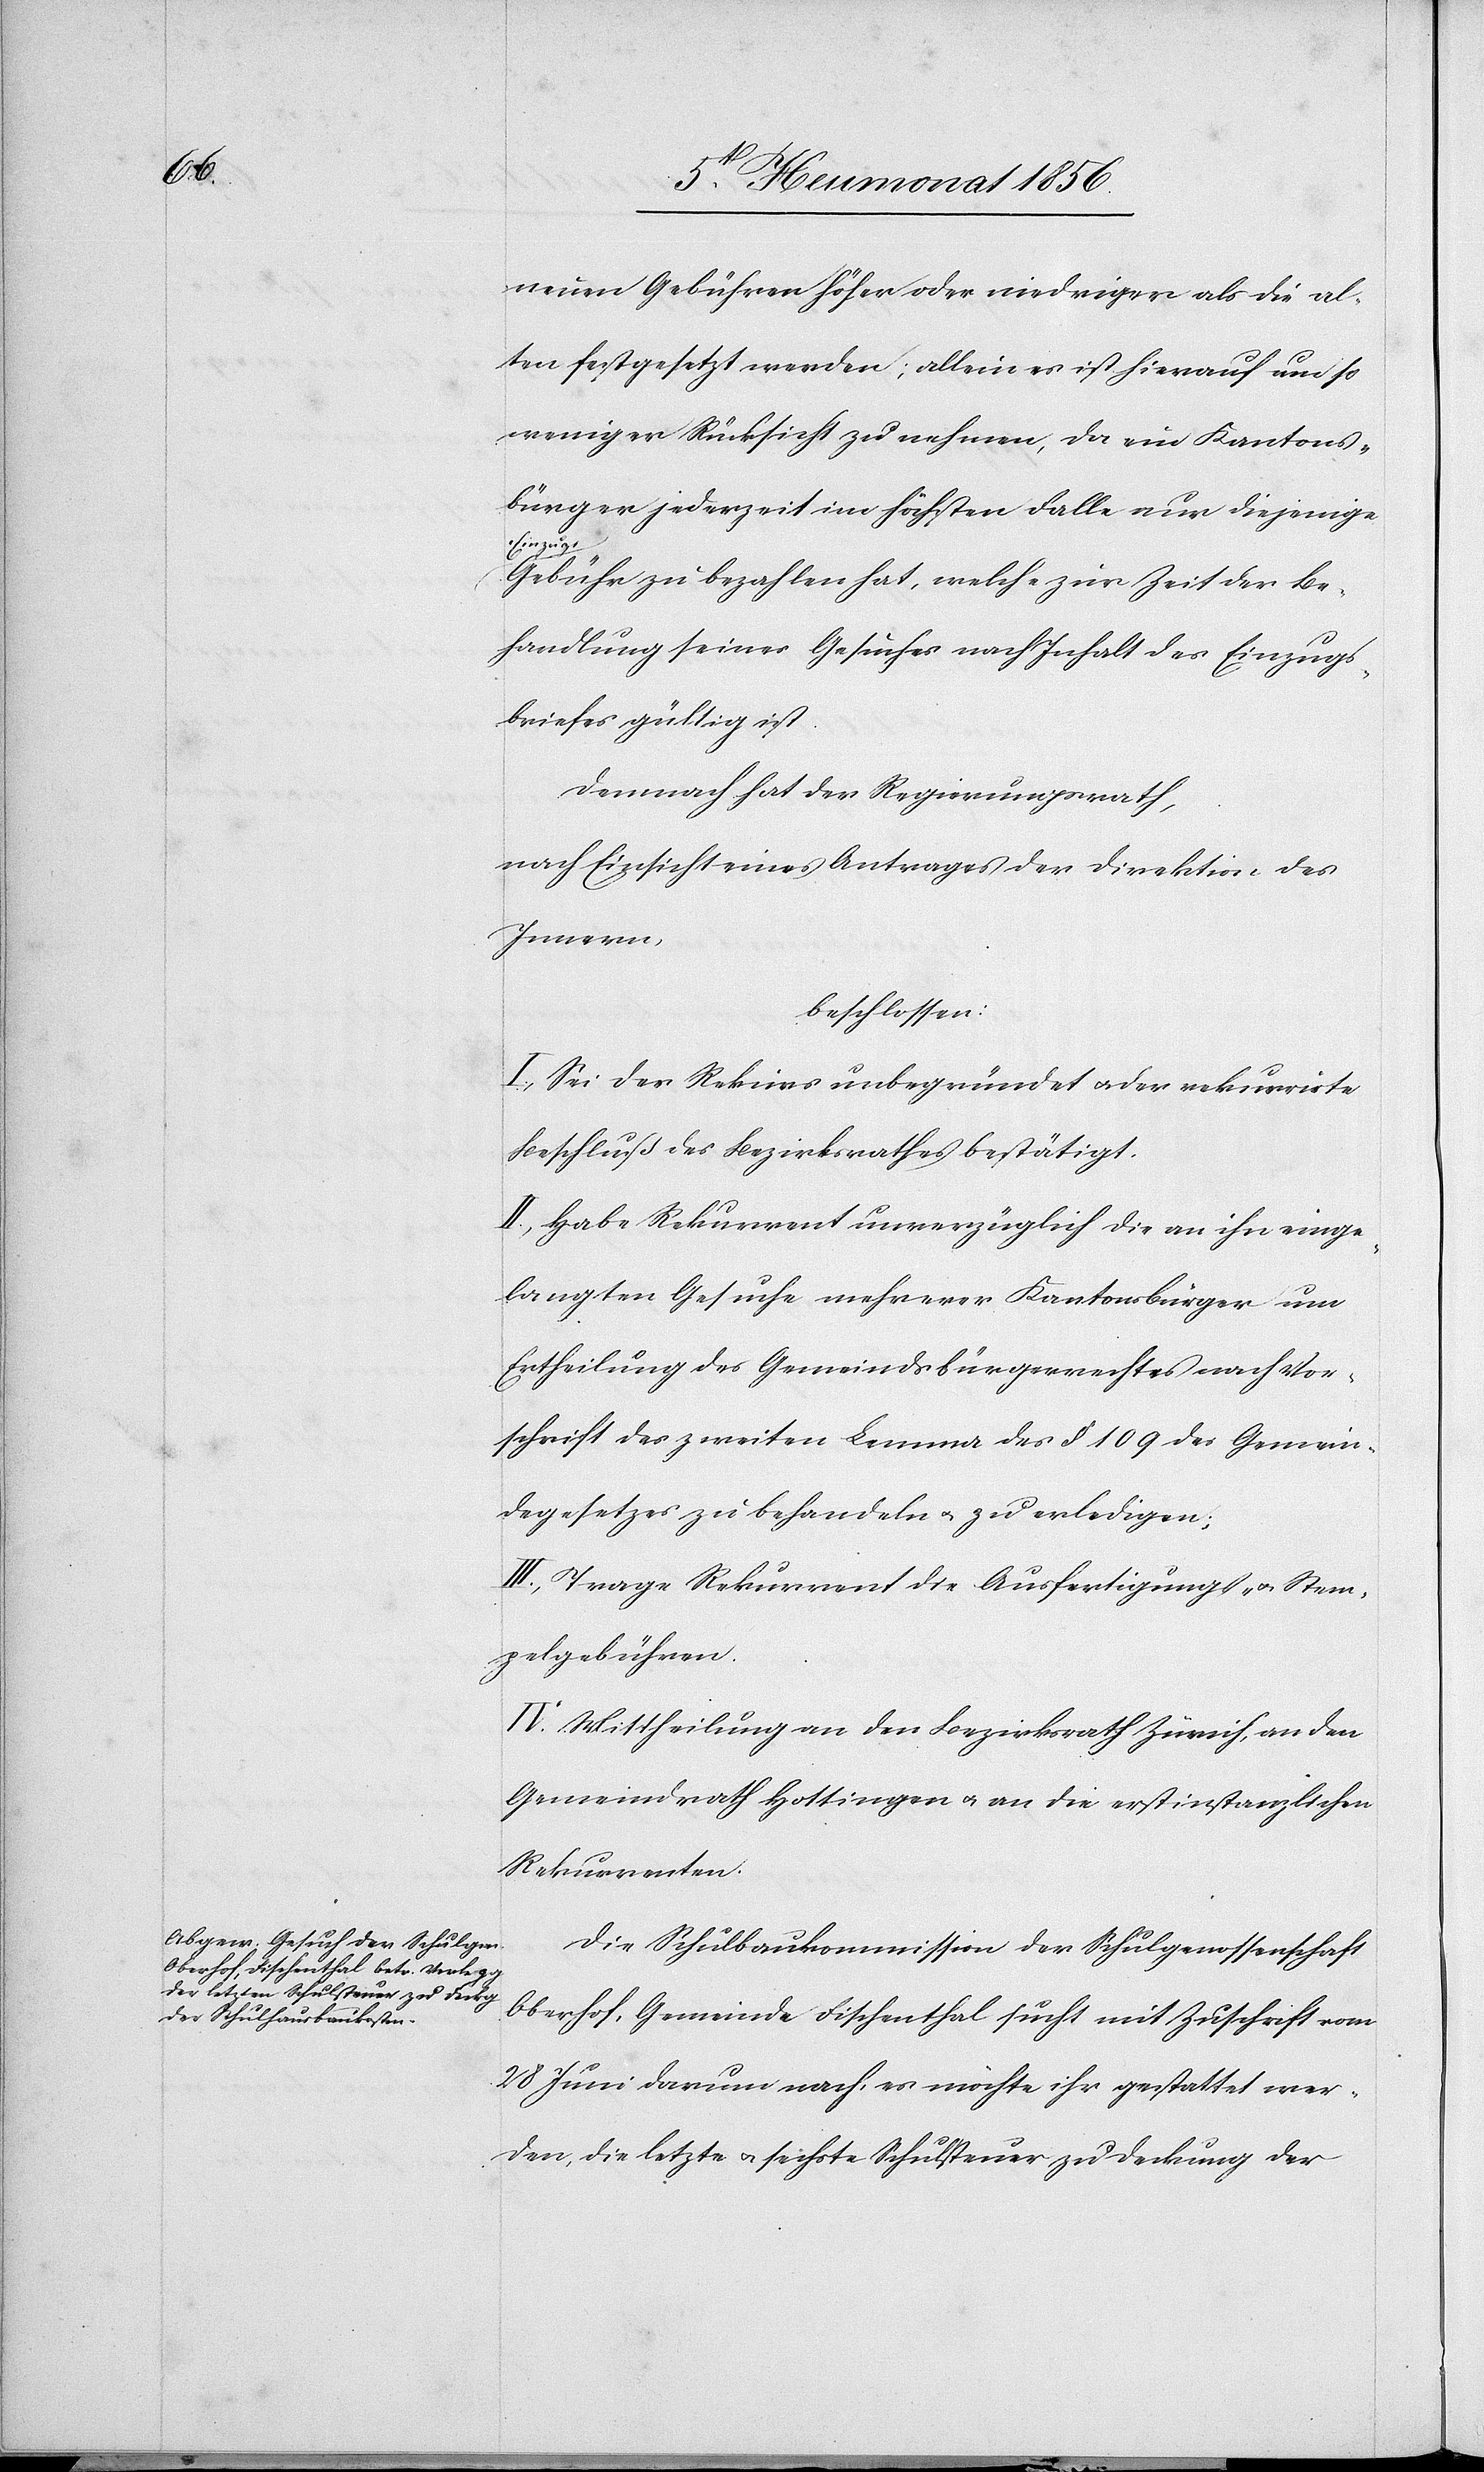
neuen Gebühren höher oder niedriger als die al¬
ten festgesetzt werden; allein es ist hierauf um so
weniger Rücksicht zu nehmen, da ein Kantons¬
bürger jederzeit im höchsten Falle nur diejenige
a-Einzugs-a¬
Gebühr zu bezahlen hat, welche zur Zeit der Be¬
handlung seines Gesuches nach Inhalt des Einzugs¬
briefes gültig ist.
Demnach hat der Regierungsrath,
nach Einsicht eines Antrages der Direktion des
Innern,
beschlossen:
I.) Sei der Rekurs unbegründet u. der rekurrirte
Beschluß des Bezirksrathes bestätigt.
II.) Habe Rekurrent unverzüglich die an ihn einge¬
langten Gesuche mehrerer Kantonsbürger um
Ertheilung des Gemeindsbürgerrechtes nach Vor¬
schrift des zweiten Lemma des § 109 des Gemein¬
degesetzes zu behandeln u. zu erledigen;
III.) Mittheilung an den Bezirksrath Zürich, an den
Gemeindrath Hottingen u. an die erstinstanzlichen
Rekurrenten.
Die Schulbaukommission der Schulgenossenschaft
Oberhof, Gemeinde Fischenthal sucht mit Zuschrift vom
28 Juni darum nach, es möchte ihr gestattet wer¬
den, die letzte u. sechste Schulsteuer zu Deckung der